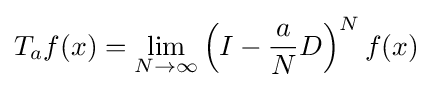
T_{a}f(x)=\lim _{N\to \infty }\left(I-{\frac {a}{N}}D\right)^{N}f(x)